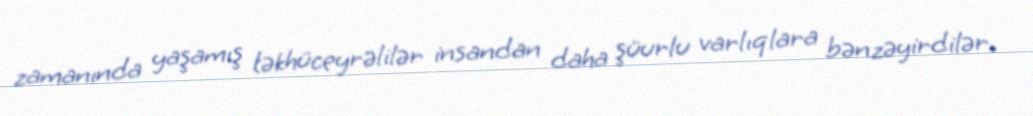
zamanında yaşamış təkhüceyrəlilər insandan daha şüurlu varlıqlara bənzəyirdilər.